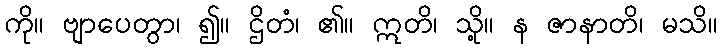
ကို။ ဗျာပေတွာ၊ ၍။ ဌိတံ၊ ၏။ ဣတိ၊ သို့။ န ဇာနာတိ၊ မသိ။